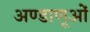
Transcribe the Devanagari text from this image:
अण्डाणूओं